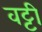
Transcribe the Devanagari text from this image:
वट्टी